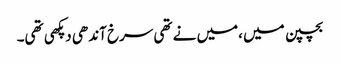
بچپن میں ،میں نے تھی سرخ آندھی دپکھی تھی۔